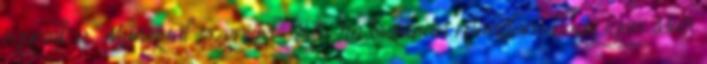
egyezik a Monzival szenivel 90%-ra biztosan mondom hogy igen. Bár